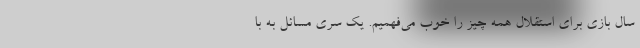
سال بازی برای استقلال همه چیز را خوب می‌فهمیم. یک سری مسائل به با